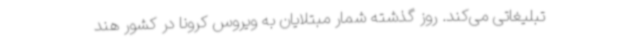
تبلیغاتی می‌کند. روز گذشته شمار مبتلایان به ویروس کرونا در کشور هند